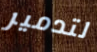
لتدمير